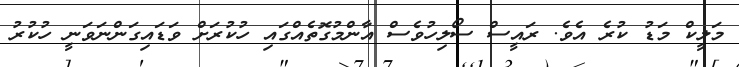
މަލީކް މަޑު ކުރެ އެވެ. ރައީސް ސޯލިހުވެސް އާންމުގޮތެއްގައި ހުކުރަށް ވަޑައިގަންނަވަނީ ހުކުރު